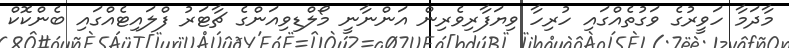
މާދަމާ ހަވީރުގެ ވަގުތެއްގައި ހުރިހާ ވިޔަފާރިވެރިން އަންނާނީ މޯލްޑިވިއަންގެ ޗާޓަރު ފްލައިޓެއްގައި ބެންކޮކް